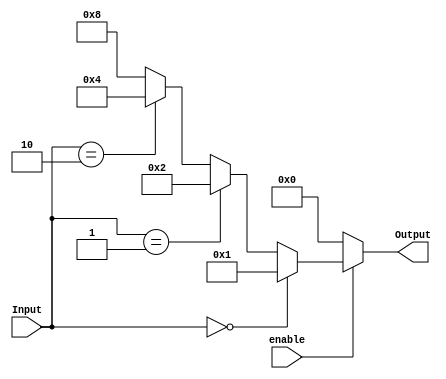
//2bit Binary decoder
`define IF_ELSE_METHOD

//If else method
`ifdef IF_ELSE_METHOD
module decoder_2_4(input [1:0] Input,
						 input enable,
						 output reg[3:0] Output);
		always  @*
			if (enable == 0 ) 
				Output = 4'b0000;
			else if( Input == 2'b00 ) 
				Output = 4'b0001;
			else if( Input == 2'b01 ) 
				Output = 4'b0010;
			else if( Input == 2'b10 ) 
				Output = 4'b0100;
			else 
				Output = 4'b1000;
endmodule						

`endif

//case method
`ifdef CASE_METHOD
module decoder_2_4(input [1:0] Input,
						 input enable,
						 output reg[3:0] Output);
		always @*
			case ({enable,Input})    //total 3bit
				3'b000, 3'b001, 3'b010, 3'b011: Output = 4'b0000;
				3'b100: Output = 4'b0001;
				3'b101: Output = 4'b0010;
				3'b110: Output = 4'b0100;
				3'b111: Output = 4'b1000;
			endcase
endmodule					

`endif
	 

//continuous assignment method
`ifdef CONTINUOUS_ASSIGNMENT_METHOD
module decoder_2_4(input [1:0] Input,
						 input enable,
						 output [3:0] Output);

assign Output[0] = enable & ~Input[0] & ~Input[1];						 
assign Output[1] = enable & ~Input[0] &  Input[1];		
assign Output[2] = enable &  Input[0] & ~Input[1];
assign Output[3] = enable &  Input[0] &  Input[1];
		
endmodule	

`endif